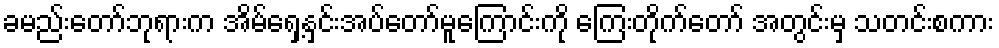
ခမည်းတော်ဘုရားက အိမ်ရှေ့နှင်းအပ်တော်မူကြောင်းကို ကြေးတိုက်တော် အတွင်းမှ သတင်းစကား